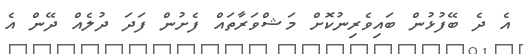
އެ ދެ ބޭފުޅުން ބައިވެރިނުކޮށް މަޝްވަރާތައް ފެށުން ފަދަ ދުލެއް ދޭން އެ